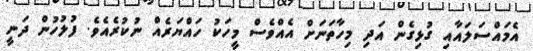
އެމައްސަލައާއި ގުޅިގެން އަދި މިހާތަނަށް އެއްވެސް މީހަކު ހައްޔަރެއް ނުކުރެއެވެ. ފުލުހުން ދަނީ